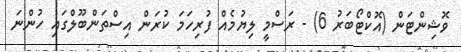
ވޮޝިންޓަން (އޮކްޓޯބަރު 6) - ރަސްމީ ލިޔުމެއް ފުރިހަމަ ކުރަން އިސްތަންބޫލްގައި ހުންނަ